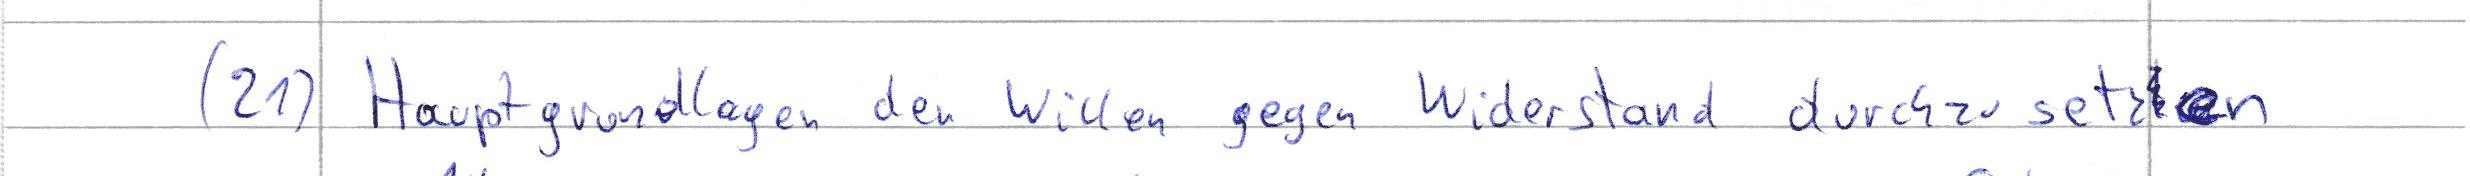
(21) Hauptgrundlagen den Willen gegen Widerstand durchzusetzen